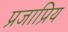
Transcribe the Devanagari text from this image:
प्रजाप्रिय